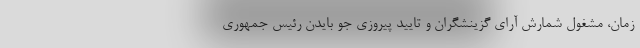
زمان، مشغول شمارش آرای گزینشگران و تایید پیروزی جو بایدن رئیس جمهوری